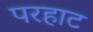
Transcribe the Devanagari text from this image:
परहाट